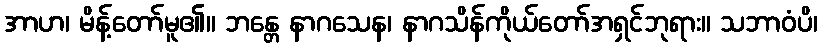
အာဟ၊ မိန့်တော်မူ၏။ ဘန္တေ နာဂသေန၊ နာဂသိန်ကိုယ်တော်အရှင်ဘုရား။ သဘာဝံပိ၊